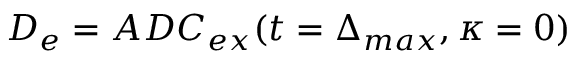
D _ { e } = A D C _ { e x } ( t = \Delta _ { m a x } , \kappa = 0 )